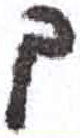
אות: ך